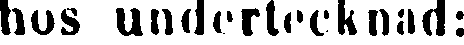
hos undertecknad: